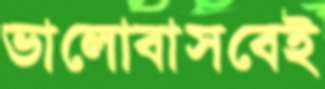
ভালোবাসবেই